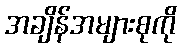
အချိန်အများစုကို